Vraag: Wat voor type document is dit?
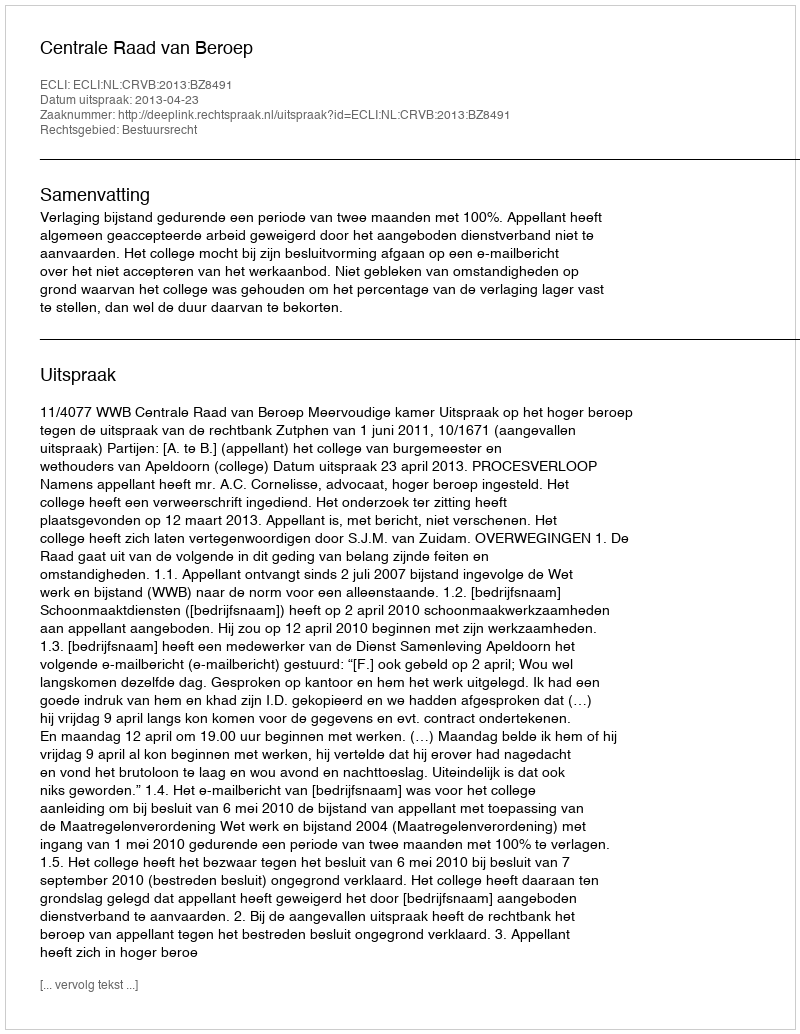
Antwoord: Uitspraak